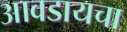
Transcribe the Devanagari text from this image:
आवडायचा